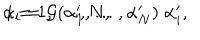
LaTeX: \alpha _ { i } = { \cal { G } } ( \alpha _ { 1 } ^ { \prime } , \ldots , \alpha _ { N } ^ { \prime } ) \; \alpha _ { i } ^ { \prime } , \hspace { 1 0 m m } i = 1 , \ldots , N ,